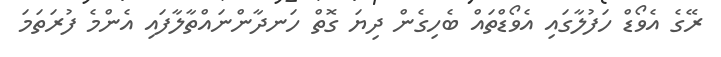
ރޭގެ އެވޯޑް ހަފުލާގައި އެވޯޑްތައް ބެހިގެން ދިޔަ ގޮތް ހަނދާންނައްތާލާފައި އެންމެ ފުރަތަމަ